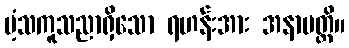
ပံ့သကူသညာရှိသော ရဟန်းအား အနာပတ္တိ။